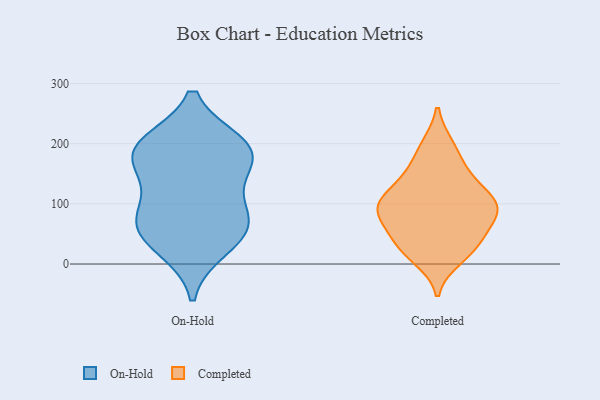
{"axis": {"x": "Conversion Rate (%)", "y": "Value"}, "legend": ["Completed", "On-Hold"], "data": [{"x": "", "y": 60, "type": "On-Hold"}, {"x": "", "y": 188, "type": "On-Hold"}, {"x": "", "y": 198, "type": "On-Hold"}, {"x": "", "y": 185, "type": "On-Hold"}, {"x": "", "y": 56, "type": "On-Hold"}, {"x": "", "y": 189, "type": "On-Hold"}, {"x": "", "y": 75, "type": "On-Hold"}, {"x": "", "y": 28, "type": "On-Hold"}, {"x": "", "y": 153, "type": "On-Hold"}, {"x": "", "y": 97, "type": "On-Hold"}, {"x": "", "y": 114, "type": "Completed"}, {"x": "", "y": 100, "type": "Completed"}, {"x": "", "y": 10, "type": "Completed"}, {"x": "", "y": 45, "type": "Completed"}, {"x": "", "y": 94, "type": "Completed"}, {"x": "", "y": 194, "type": "Completed"}, {"x": "", "y": 25, "type": "Completed"}, {"x": "", "y": 90, "type": "Completed"}, {"x": "", "y": 104, "type": "Completed"}, {"x": "", "y": 138, "type": "Completed"}, {"x": "", "y": 196, "type": "Completed"}, {"x": "", "y": 100, "type": "Completed"}, {"x": "", "y": 22, "type": "Completed"}, {"x": "", "y": 153, "type": "Completed"}, {"x": "", "y": 152, "type": "Completed"}, {"x": "", "y": 68, "type": "Completed"}, {"x": "", "y": 54, "type": "Completed"}, {"x": "", "y": 82, "type": "Completed"}, {"x": "", "y": 91, "type": "Completed"}, {"x": "", "y": 28, "type": "Completed"}]}